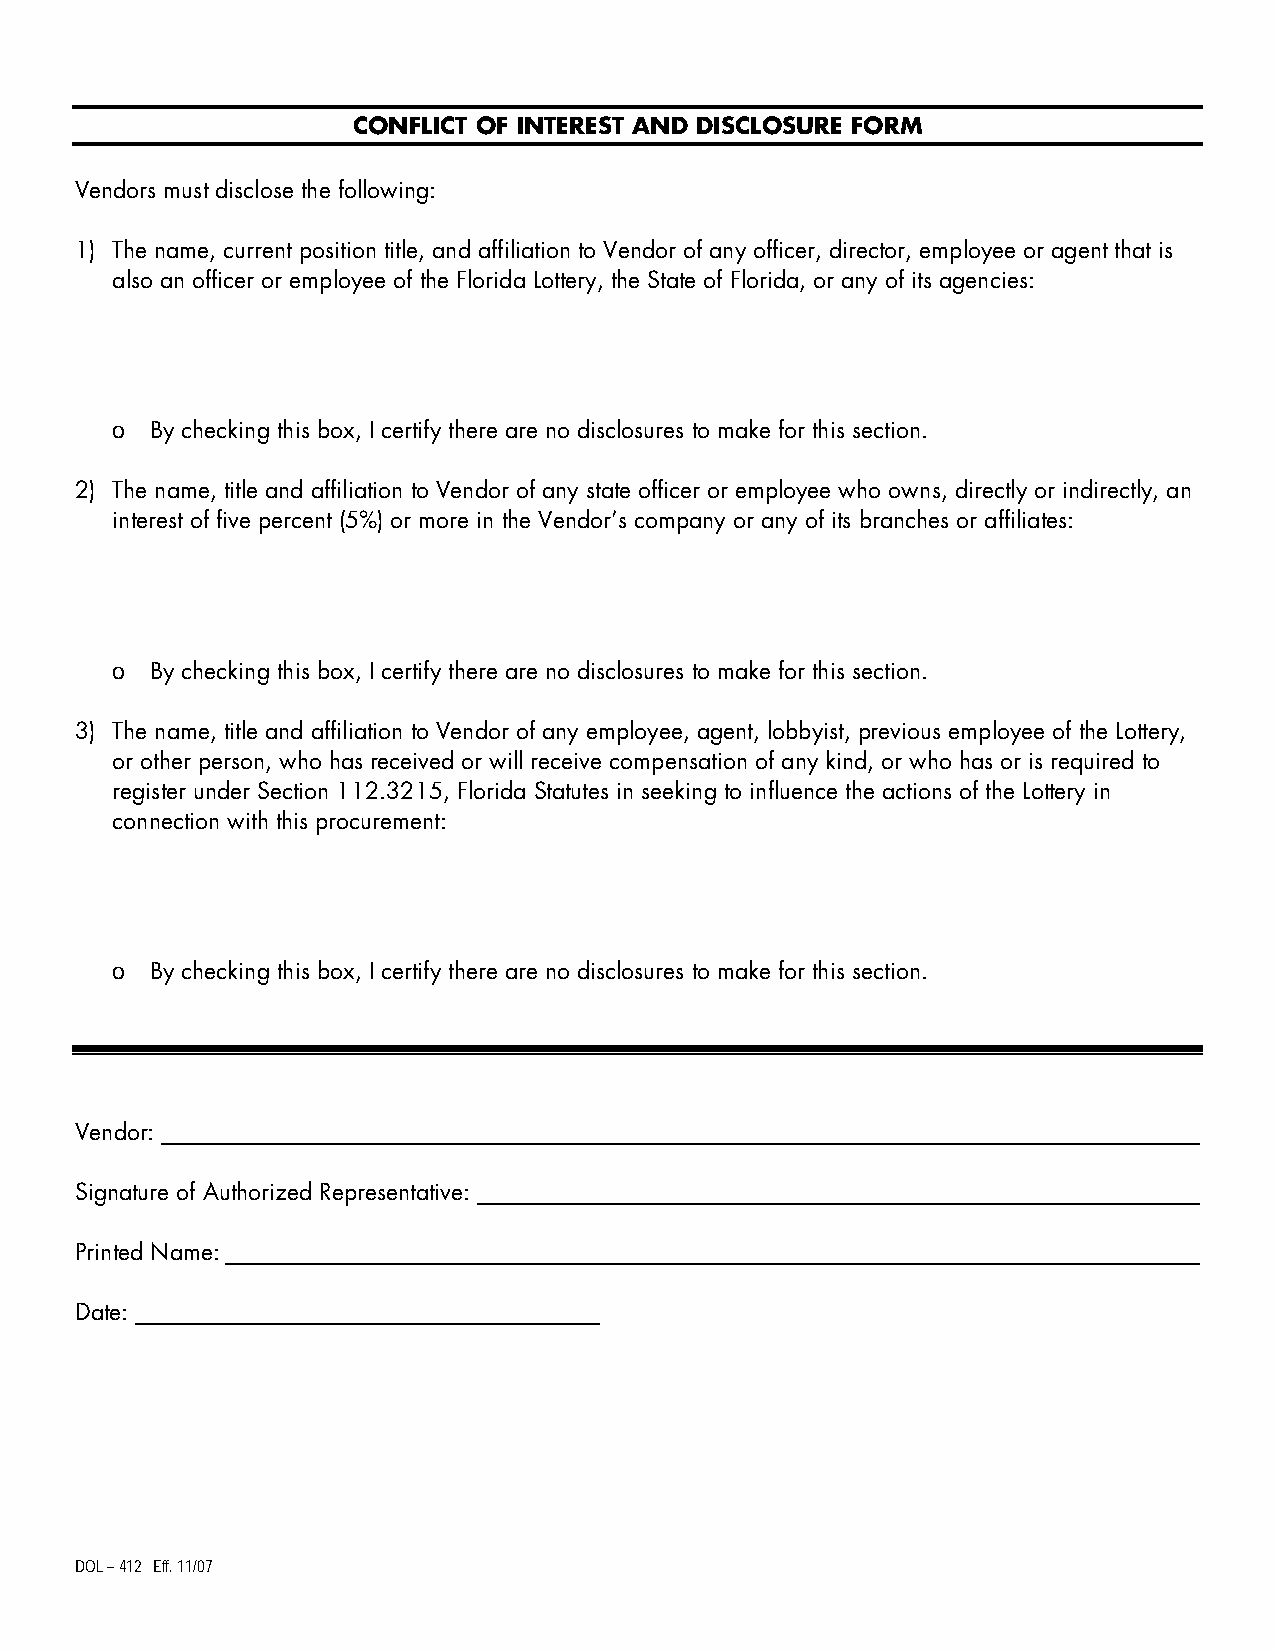
CONFLICT OF INTEREST AND DISCLOSURE FORM
 Vendors must disclose the following:
 1) The name, current position title, and affiliation to Vendor of any officer, director, employee or agent that is
 also an officer or employee of the Florida Lottery, the State of Florida, or any of its agencies:
 o  By checking this box, I certify there are no disclosures to make for this section.
 2) The name, title and affiliation to Vendor of any state officer or employee who owns, directly or indirectly, an
 interest of five percent (5%) or more in the Vendor’s company or any of its branches or affiliates:
 o  By checking this box, I certify there are no disclosures to make for this section.
 3) The name, title and affiliation to Vendor of any employee, agent, lobbyist, previous employee of the Lottery,
 or other person, who has received or will receive compensation of any kind, or who has or is required to
 register under Section 112.3215, Florida Statutes in seeking to influence the actions of the Lottery in
 connection with this procurement:
 o  By checking this box, I certify there are no disclosures to make for this section.
 Vendor:
 Signature of Authorized Representative:
 Printed Name:
 Date:
 DOL – 412 Eff. 11/07